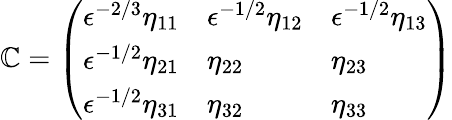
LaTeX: \mathbb{C}=\left(\begin{array}{lll}{\epsilon^{-2/3}\eta_{11}}&{\epsilon^{-1/2}\eta_{12}}&{\epsilon^{-1/2}\eta_{13}}\\ {\epsilon^{-1/2}\eta_{21}}&{\eta_{22}}&{\eta_{23}}\\ {\epsilon^{-1/2}\eta_{31}}&{\eta_{32}}&{\eta_{33}}\end{array}\right)